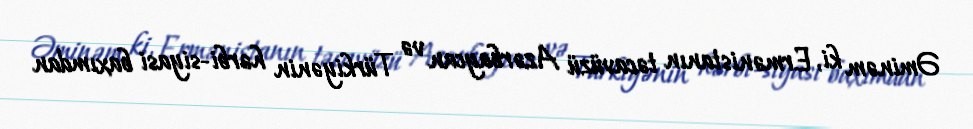
Əminəm ki, Ermənistanın təcavüzü Azərbaycan və Türkiyənin hərbi-siyasi baxımdan